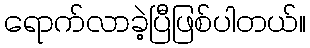
ရောက်လာခဲ့ပြီဖြစ်ပါတယ်။